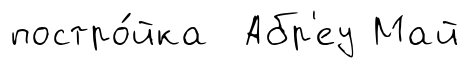
постро́йка Абр'еу Май